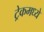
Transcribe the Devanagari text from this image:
ट्रेकमध्ये